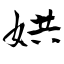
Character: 娂